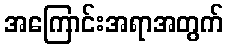
အကြောင်းအရာအတွက်